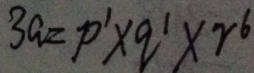
3 a = p ^ { 1 } \times q ^ { 1 } \times r ^ { 6 }